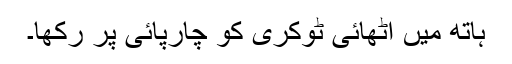
ہاتھ میں اٹھائی ٹوکری کو چارپائی پر رکھا۔